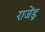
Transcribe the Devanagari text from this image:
राजेंड्र